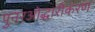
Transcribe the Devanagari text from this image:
पुनरओद्धारीकरण